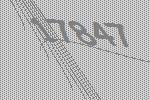
17847